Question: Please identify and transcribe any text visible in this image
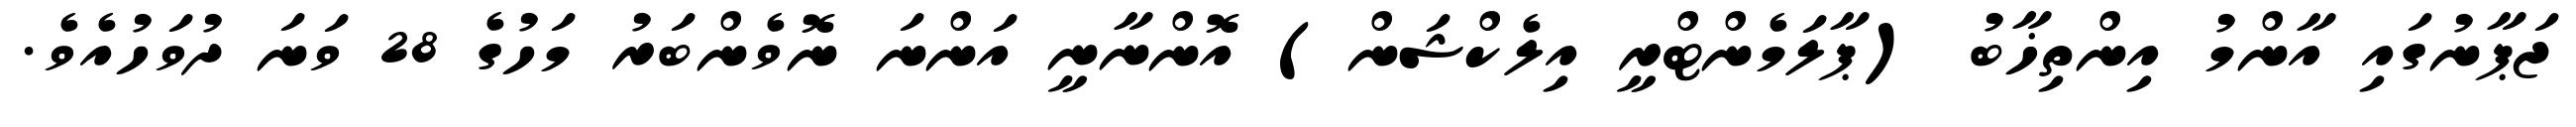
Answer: ޖަޕާނުގައި އާންމު އިންތިޚާބު (ޕާލަމެންޓްރީ އިލެކްޝަން) އޮންނާނީ އަންނަ ނޮވެންބަރު މަހުގެ 28 ވަނަ ދުވަހުއެވެ.